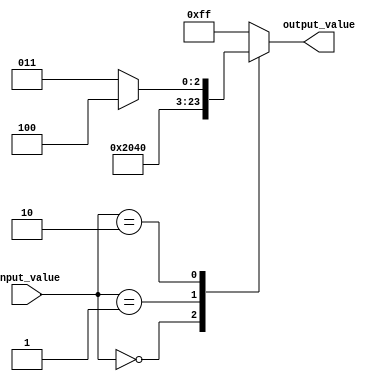
module case_statement_model(
    input wire [3:0] input_value,
    output reg [7:0] output_value
);

always @ (*) begin
    case(input_value)
        4'b0000: begin 
                // Action 1
                output_value <= 8'b00000001;
            end
        4'b0001: begin
                // Action 2
                output_value <= 8'b00000010;
            end
        4'b0010: begin
                // Action 3
                if (additional_condition) begin
                    output_value <= 8'b00000100;
                end else begin
                    output_value <= 8'b00000011;
                end
            end
        // Add more cases and actions as needed
        default: begin
                // Default action
                output_value <= 8'b11111111;
            end
    endcase
end

endmodule